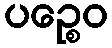
ပဉ္စေဝ